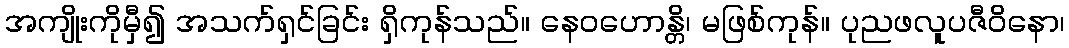
အကျိုးကိုမှီ၍ အသက်ရှင်ခြင်း ရှိကုန်သည်။ နေဝဟောန္တိ၊ မဖြစ်ကုန်။ ပုညဖလူပဇီဝိနော၊